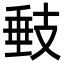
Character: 㩾